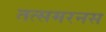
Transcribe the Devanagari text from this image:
तत्समरनस